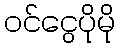
ဝင်ငွေပိုမို